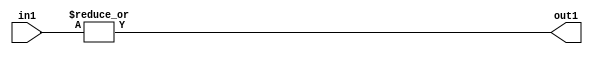
`timescale 1ps / 1ps
/*****************************************************************************
    Verilog RTL Description
    
    
    Created by: Stratus DpOpt 2019.1.01 
*******************************************************************************/

module pe_array_OrReduction_8U_1U_4 (
	in1,
	out1
	); /* architecture "behavioural" */ 
input [7:0] in1;
output  out1;
wire  asc001;

assign asc001 = 
	(|in1);

assign out1 = asc001;
endmodule

/* CADENCE  urb2SgA= : u9/ySgnWtBlWxVPRXgAZ4Og= ** DO NOT EDIT THIS LINE ******/